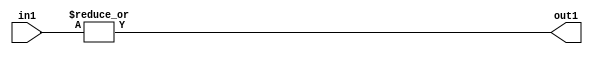
`timescale 1ps / 1ps
/*****************************************************************************
    Verilog RTL Description
    
    
    Created by: Stratus DpOpt 2019.1.01 
*******************************************************************************/

module pe_array_OrReduction_8U_1U_4 (
	in1,
	out1
	); /* architecture "behavioural" */ 
input [7:0] in1;
output  out1;
wire  asc001;

assign asc001 = 
	(|in1);

assign out1 = asc001;
endmodule

/* CADENCE  urb2SgA= : u9/ySgnWtBlWxVPRXgAZ4Og= ** DO NOT EDIT THIS LINE ******/